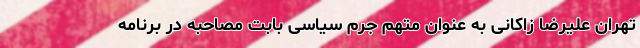
تهران علیرضا زاکانی به عنوان متهم جرم سیاسی بابت مصاحبه در برنامه